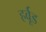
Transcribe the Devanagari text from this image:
हर्वूड